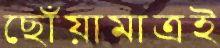
ছোঁয়ামাত্রই